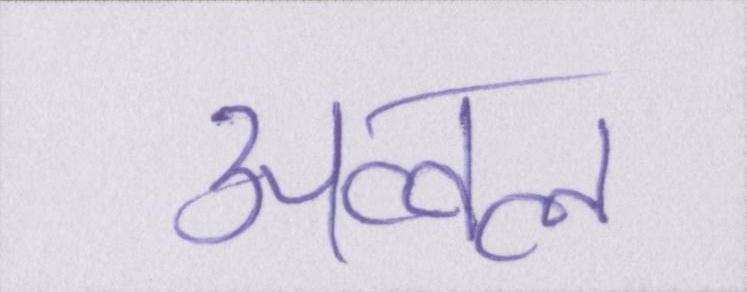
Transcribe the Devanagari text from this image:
अव्वल